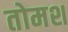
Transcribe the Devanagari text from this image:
तोमश